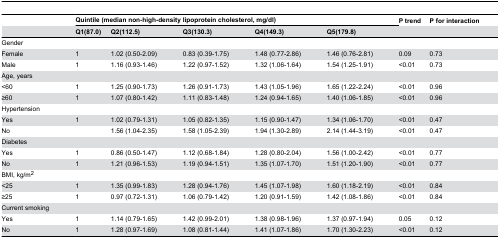
<table><thead><tr><td></td><td colspan="5"><b>Quintile (median non-high-density lipoprotein cholesterol, mg/dl)</b></td><td><b>P trend</b></td><td><b>P for interaction</b></td></tr><tr><td></td><td><b>Q1(87.0)</b></td><td><b>Q2(112.5)</b></td><td><b>Q3(130.3)</b></td><td><b>Q4(149.3)</b></td><td><b>Q5(179.8)</b></td><td></td><td></td></tr></thead><tbody><tr><td>Gender</td><td></td><td></td><td></td><td></td><td></td><td></td><td></td></tr><tr><td>Female</td><td>1</td><td>1.02 (0.50-2.09)</td><td>0.83 (0.39-1.75)</td><td>1.48 (0.77-2.86)</td><td>1.46 (0.76-2.81)</td><td>0.09</td><td>0.73</td></tr><tr><td>Male</td><td>1</td><td>1.16 (0.93-1.46)</td><td>1.22 (0.97-1.52)</td><td>1.32 (1.06-1.64)</td><td>1.54 (1.25-1.91)</td><td>&lt;0.01</td><td>0.73</td></tr><tr><td>Age, years</td><td></td><td></td><td></td><td></td><td></td><td></td><td></td></tr><tr><td>&lt;60</td><td>1</td><td>1.25 (0.90-1.73)</td><td>1.26 (0.91-1.73)</td><td>1.43 (1.05-1.96)</td><td>1.65 (1.22-2.24)</td><td>&lt;0.01</td><td>0.96</td></tr><tr><td>≥60</td><td>1</td><td>1.07 (0.80-1.42)</td><td>1.11 (0.83-1.48)</td><td>1.24 (0.94-1.65)</td><td>1.40 (1.06-1.85)</td><td>&lt;0.01</td><td>0.96</td></tr><tr><td>Hypertension</td><td></td><td></td><td></td><td></td><td></td><td></td><td></td></tr><tr><td>Yes</td><td>1</td><td>1.02 (0.79-1.31)</td><td>1.05 (0.82-1.35)</td><td>1.15 (0.90-1.47)</td><td>1.34 (1.06-1.70)</td><td>&lt;0.01</td><td>0.47</td></tr><tr><td>No</td><td></td><td>1.56 (1.04-2.35)</td><td>1.58 (1.05-2.39)</td><td>1.94 (1.30-2.89)</td><td>2.14 (1.44-3.19)</td><td>&lt;0.01</td><td>0.47</td></tr><tr><td>Diabetes</td><td></td><td></td><td></td><td></td><td></td><td></td><td></td></tr><tr><td>Yes</td><td>1</td><td>0.86 (0.50-1.47)</td><td>1.12 (0.68-1.84)</td><td>1.28 (0.80-2.04)</td><td>1.56 (1.00-2.42)</td><td>&lt;0.01</td><td>0.77</td></tr><tr><td>No</td><td>1</td><td>1.21 (0.96-1.53)</td><td>1.19 (0.94-1.51)</td><td>1.35 (1.07-1.70)</td><td>1.51 (1.20-1.90)</td><td>&lt;0.01</td><td>0.77</td></tr><tr><td>BMI, kg/m<sup>2</sup></td><td></td><td></td><td></td><td></td><td></td><td></td><td></td></tr><tr><td>&lt;25</td><td>1</td><td>1.35 (0.99-1.83)</td><td>1.28 (0.94-1.76)</td><td>1.45 (1.07-1.98)</td><td>1.60 (1.18-2.19)</td><td>&lt;0.01</td><td>0.84</td></tr><tr><td>≥25</td><td>1</td><td>0.97 (0.72-1.31)</td><td>1.06 (0.79-1.42)</td><td>1.20 (0.91-1.59)</td><td>1.42 (1.08-1.86)</td><td>&lt;0.01</td><td>0.84</td></tr><tr><td>Current smoking</td><td></td><td></td><td></td><td></td><td></td><td></td><td></td></tr><tr><td>Yes</td><td>1</td><td>1.14 (0.79-1.65)</td><td>1.42 (0.99-2.01)</td><td>1.38 (0.98-1.96)</td><td>1.37 (0.97-1.94)</td><td>0.05</td><td>0.12</td></tr><tr><td>No</td><td>1</td><td>1.28 (0.97-1.69)</td><td>1.08 (0.81-1.44)</td><td>1.41 (1.07-1.86)</td><td>1.70 (1.30-2.23)</td><td>&lt;0.01</td><td>0.12</td></tr></tbody></table>